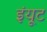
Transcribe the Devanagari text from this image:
इंयूट